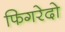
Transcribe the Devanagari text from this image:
फिगरेदो